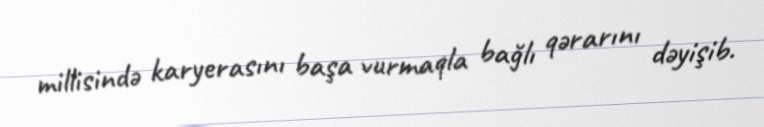
millisində karyerasını başa vurmaqla bağlı qərarını dəyişib.